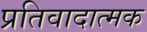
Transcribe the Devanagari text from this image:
प्रतिवादात्मक